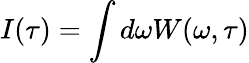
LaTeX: I(\tau)=\int d\omega W(\omega,\tau)